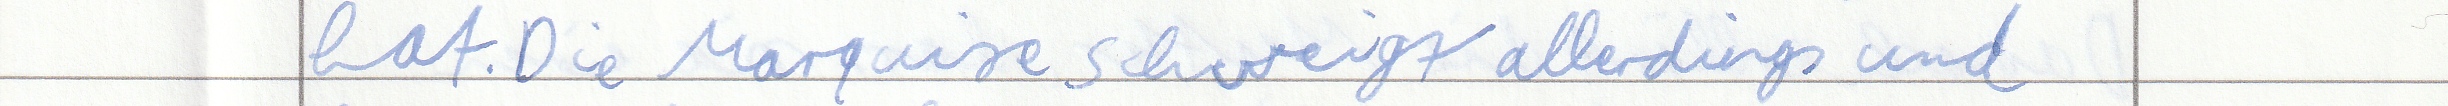
hat. Die Marquise schweigt allerdings und